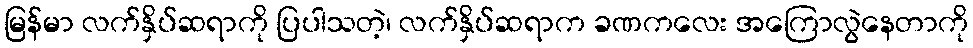
မြန်မာ လက်နှိပ်ဆရာကို ပြပါသတဲ့၊ လက်နှိပ်ဆရာက ခဏကလေး အကြောလွဲနေတာကို